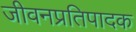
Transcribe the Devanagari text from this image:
जीवनप्रतिपादक